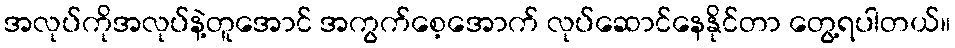
အလုပ်ကိုအလုပ်နဲ့တူအောင် အကွက်စေ့အောက် လုပ်ဆောင်နေနိုင်တာ တွေ့ရပါတယ်။